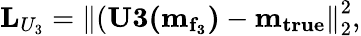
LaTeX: \mathbf{L}_{U_{3}}=\left\lVert(\mathbf{U3(m_{f_{3}})}-\mathbf{m_{true}}\right\rVert_{2}^{2},